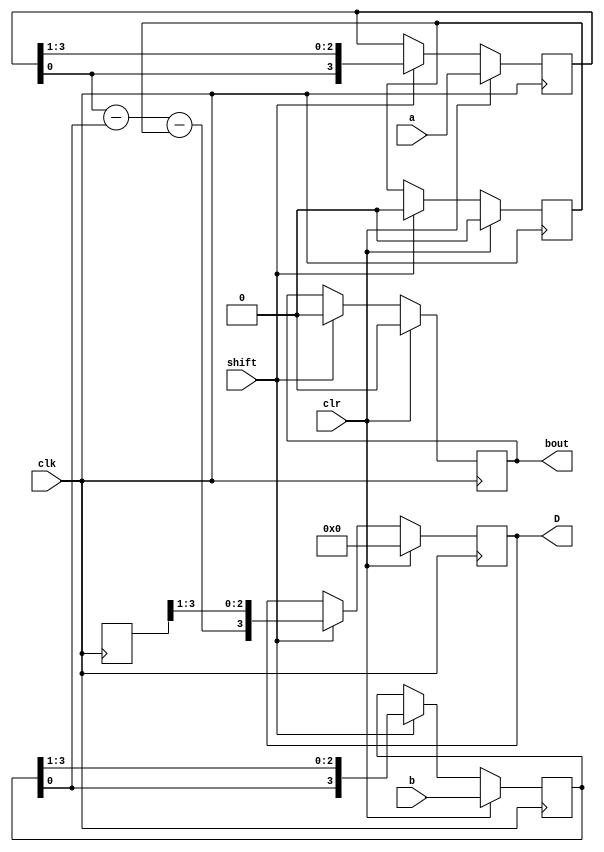
module serial_subtraction(input [3:0]a,b,input clk,shift,clr,output reg [3:0]D,output reg bout);
reg d;
reg bin;
reg [3:0]wa,wb;
reg oa,ob;
always@(posedge clk)
begin
if(clk)
begin
if(clr)
begin
D=4'b0000;
bout=1'b0;
bin=1'b0;
wa=a;
wb=b;
end 
else if(shift)
begin
oa=wa[0];
ob=wb[0];
wa=Shift_Reg(wa);
wb=Shift_Reg(wb);
{bout,d}=FS(oa,ob,bin);
Shift_Reg_out(D,d);
bin=DFF(bout,(clk&shift));
end
end
end
function [3:0]Shift_Reg(input [3:0]si);
Shift_Reg={si[0],si[3:1]};
endfunction 
task Shift_Reg_out(output [3:0]sum,input si);
sum={si,sum[3:1]};
endtask 
function FS(input a,b,bin);
FS=a-b-bin;
endfunction 
function DFF(input D,clk);
begin
if(clk)
DFF=D;
else
DFF=1'b0;
end
endfunction
endmodule